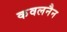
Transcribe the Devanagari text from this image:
कवलनैन